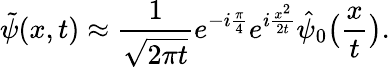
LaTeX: \tilde{\psi}(x,t)\approx\frac{1}{\sqrt{2\pi t}}e^{-i\frac{\pi}{4}}e^{i\frac{x^{2}}{2t}}\hat{\psi}_{0}\big(\frac{x}{t}\big).